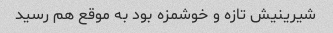
شیرینیش تازه و خوشمزه بود به موقع هم رسید